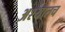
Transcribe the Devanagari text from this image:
अश्यातच